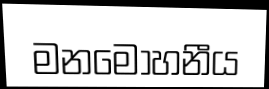
මනමෝහනීය